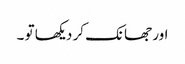
اور جھانک کر دیکھا تو ۔